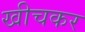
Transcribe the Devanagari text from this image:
खीचकर